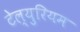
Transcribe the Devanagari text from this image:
टेल्युरियम